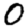
Digit: 0